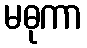
မဓုကာ